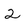
Character: 2